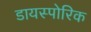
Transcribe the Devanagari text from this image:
डायस्पोरिक